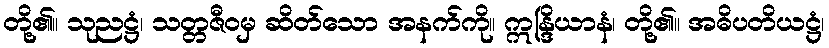
တို့၏။ သုညဋ္ဌံ၊ သတ္တဇီဝမှ ဆိတ်သော အနက်ကို။ ဣန္ဒြိယာနံ၊ တို့၏။ အဓိပတိယဋ္ဌံ၊